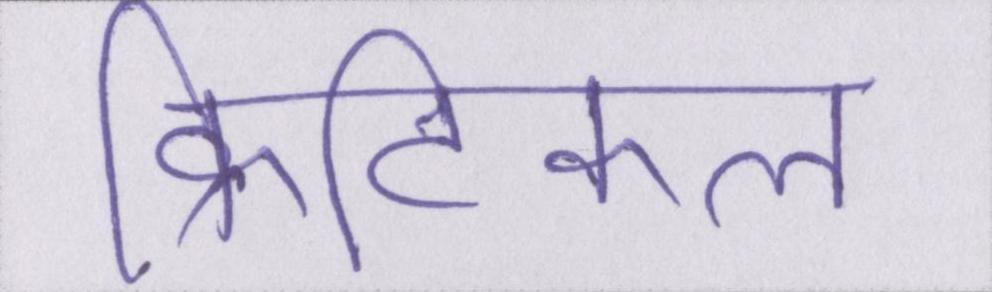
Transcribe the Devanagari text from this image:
क्रिटिकल